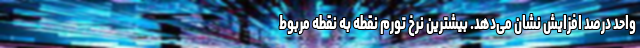
واحد درصد افزایش نشان می‌دهد. بیشترین نرخ تورم نقطه به نقطه مربوط